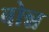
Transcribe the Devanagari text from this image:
बोन्न